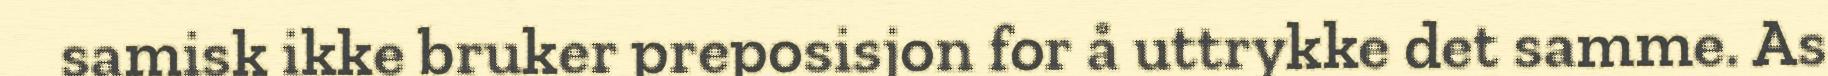
samisk ikke bruker preposisjon for å uttrykke det samme. As